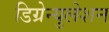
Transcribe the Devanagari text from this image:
डिग्रेन्युलेशन